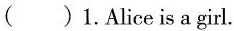
( )1.Alice is a girl.